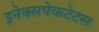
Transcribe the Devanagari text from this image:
इनेक्सपेकटेटस